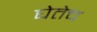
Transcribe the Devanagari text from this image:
घेतेच